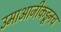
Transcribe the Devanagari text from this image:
उमाआजीकडूनच